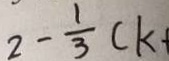
2 - \frac { 1 } { 3 } ( k